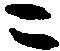
ニ